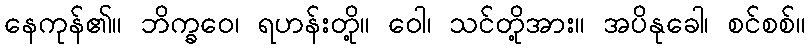
နေကုန်၏။ ဘိက္ခဝေ၊ ရဟန်းတို့။ ဝေါ၊ သင်တို့အား။ အပိနုခေါ၊ စင်စစ်။